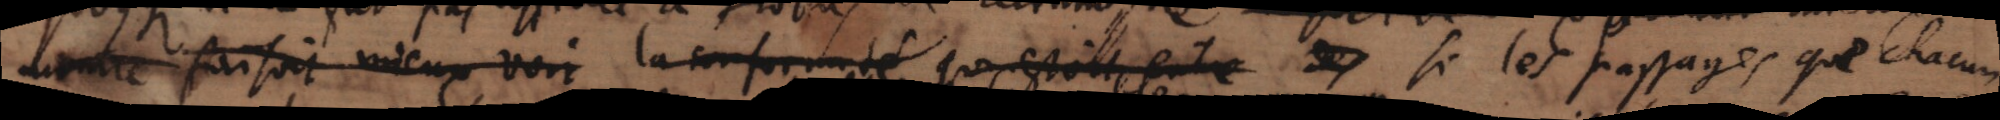
la conformité ] si les paysage que chacun